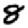
Digit: 8